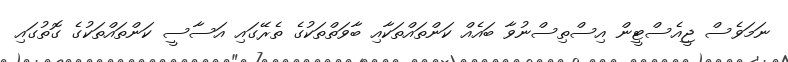
ނަމަވެސް ޖީއެސްޓީން އިސްތިސްނުވާ ބައެއް ކަންތައްތަކާއި ބާވަތްތަކުގެ ތެރޭގައި އަސާސީ ކަންތައްތަކުގެ ގޮތުގައި